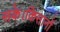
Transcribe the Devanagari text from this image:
सके।किसानों